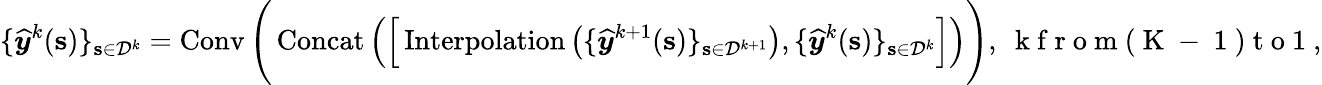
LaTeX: \{ \boldsymbol{{\widehat{y}}}^{k}(\mathbf{s})\} _{\mathbf{s}\in\mathcal{D}^{k}}=\operatorname{Conv}\Bigg(\operatorname{Concat}\Big(\Big[\operatorname{Interpolation}\big(\{ \boldsymbol{{\widehat{y}}}^{k+1}(\mathbf{s})\} _{\mathbf{s}\in\mathcal{D}^{k+1}}\big),\{ \boldsymbol{{\widehat{y}}}^{k}(\mathbf{s})\} _{\mathbf{s}\in\mathcal{D}^{k}}\Big]\Big)\Bigg),\ \mathrm{~k~f~r~o~m~(~K~-~1~)~t~o~1~},